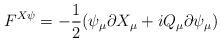
LaTeX: \begin{align*}F^{X\psi}=-\frac{1}{2}(\psi _{\mu}\partial X_{\mu}+iQ_{\mu}\partial \psi _{\mu})\end{align*}